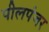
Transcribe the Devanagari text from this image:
पीलपंजर